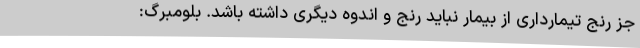
جز رنج تیمارداری از بیمار نباید رنج و اندوه دیگری داشته باشد. بلومبرگ: